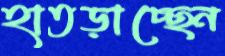
হাতড়াচ্ছেন